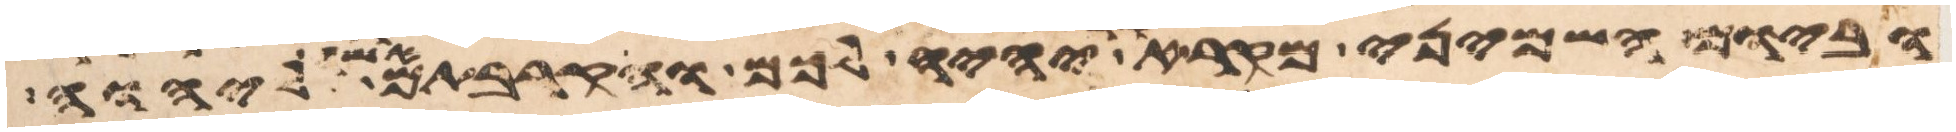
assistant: וביום השמיני מקרא קדש יהיה לכם והקרבתם אשה ליהוה